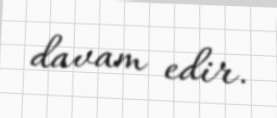
davam edir.